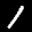
Label: 1